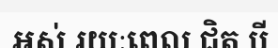
អស់ រយៈពេល ជិត បី